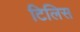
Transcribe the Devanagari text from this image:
टिलिस